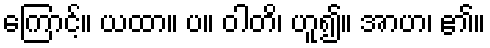
ကြောင့်။ ယထာ။ ပ။ ဝါတိ၊ ဟူ၍။ အာဟ၊ ၏။